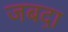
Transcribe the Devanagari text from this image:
जबद़ा